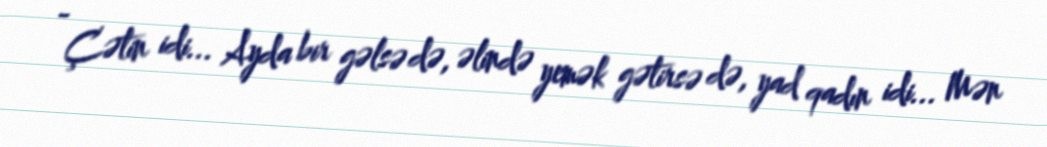
- Çətin idi... Ayda bir gəlsə də, əlində yemək gətirsə də, yad qadın idi... Mən